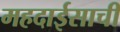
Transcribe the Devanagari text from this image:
महदाईसाची